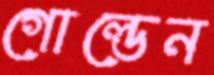
গোল্ডেন